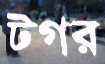
টগর